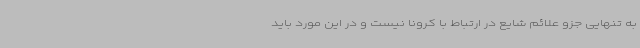
به تنهایی جزو علائم شایع در ارتباط با کرونا نیست و در این مورد باید